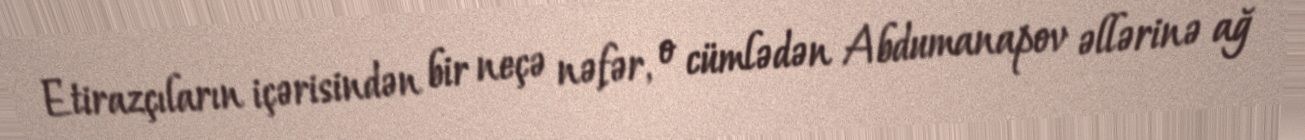
Etirazçıların içərisindən bir neçə nəfər, o cümlədən Abdumanapov əllərinə ağ